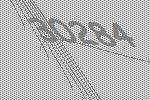
30284